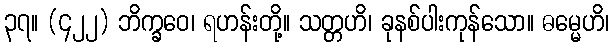
၃၇။ (၄၂၂) ဘိက္ခဝေ၊ ရဟန်းတို့။ သတ္တဟိ၊ ခုနစ်ပါးကုန်သော။ ဓမ္မေဟိ၊